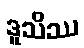
ဒူသိဿ